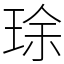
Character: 㻌